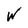
Character: W